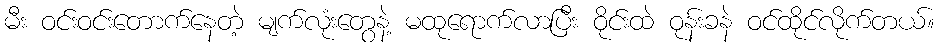
မီး ဝင်းဝင်းတောက်နေတဲ့ မျက်လုံးတွေနဲ့ မထုရောက်လာပြီး ဝိုင်းထဲ ဝုန်းခနဲ ဝင်ထိုင်လိုက်တယ်။